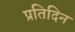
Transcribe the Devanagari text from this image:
प्रतिदिन